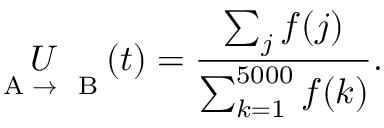
\underset { \mathrm { ~ \tiny ~ A ~ } \to \mathrm { ~ \tiny ~ B ~ } } { U } ( t ) = \frac { \sum _ { j } f ( j ) } { \sum _ { k = 1 } ^ { 5 0 0 0 } f ( k ) } .